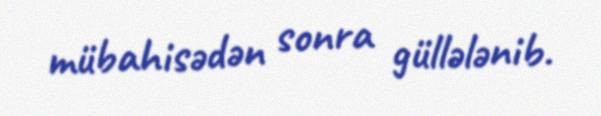
mübahisədən sonra güllələnib.